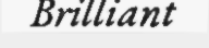
Brilliant